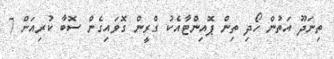
ތިނަދޫ އަތުން ހޯދި ތިން ޕޮއިންޓާއެކު ގްރީން ގޮވައިގެން ސޮބާ ކުރިއަށް 7